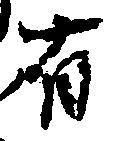
有